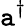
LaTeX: \mathtt{a}^{\dagger}